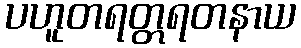
ပဟူတရတ္တရတနာယ